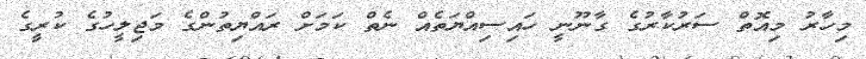
މިހާރު މިއޮތް ސަރުކާރުގެ ގާނޫނީ ހައިސިއްޔަތެއް ނެތް ކަމަށް ރައްޔިތުންގެ މަޖިލީހުގެ ކުރީގެ